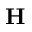
\mathbf { H }